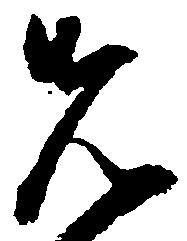
先